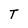
Character: T